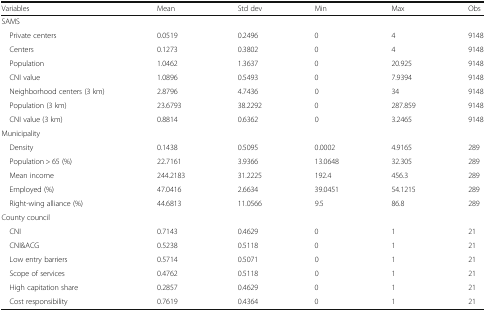
<table><thead><tr><td><b>Variables</b></td><td><b>Mean</b></td><td><b>Std dev</b></td><td><b>Min</b></td><td><b>Max</b></td><td><b>Obs</b></td></tr></thead><tbody><tr><td colspan="6">SAMS</td></tr><tr><td> Private centers</td><td>0.0519</td><td>0.2496</td><td>0</td><td>4</td><td>9148</td></tr><tr><td> Centers</td><td>0.1273</td><td>0.3802</td><td>0</td><td>4</td><td>9148</td></tr><tr><td> Population</td><td>1.0462</td><td>1.3637</td><td>0</td><td>20.925</td><td>9148</td></tr><tr><td> CNI value</td><td>1.0896</td><td>0.5493</td><td>0</td><td>7.9394</td><td>9148</td></tr><tr><td> Neighborhood centers (3 km)</td><td>2.8796</td><td>4.7436</td><td>0</td><td>34</td><td>9148</td></tr><tr><td> Population (3 km)</td><td>23.6793</td><td>38.2292</td><td>0</td><td>287.859</td><td>9148</td></tr><tr><td> CNI value (3 km)</td><td>0.8814</td><td>0.6362</td><td>0</td><td>3.2465</td><td>9148</td></tr><tr><td colspan="6">Municipality</td></tr><tr><td> Density</td><td>0.1438</td><td>0.5095</td><td>0.0002</td><td>4.9165</td><td>289</td></tr><tr><td> Population &gt; 65 (%)</td><td>22.7161</td><td>3.9366</td><td>13.0648</td><td>32.305</td><td>289</td></tr><tr><td> Mean income</td><td>244.2183</td><td>31.2225</td><td>192.4</td><td>456.3</td><td>289</td></tr><tr><td> Employed (%)</td><td>47.0416</td><td>2.6634</td><td>39.0451</td><td>54.1215</td><td>289</td></tr><tr><td> Right-wing alliance (%)</td><td>44.6813</td><td>11.0566</td><td>9.5</td><td>86.8</td><td>289</td></tr><tr><td colspan="6">County council</td></tr><tr><td> CNI</td><td>0.7143</td><td>0.4629</td><td>0</td><td>1</td><td>21</td></tr><tr><td> CNI&amp;ACG</td><td>0.5238</td><td>0.5118</td><td>0</td><td>1</td><td>21</td></tr><tr><td> Low entry barriers</td><td>0.5714</td><td>0.5071</td><td>0</td><td>1</td><td>21</td></tr><tr><td> Scope of services</td><td>0.4762</td><td>0.5118</td><td>0</td><td>1</td><td>21</td></tr><tr><td> High capitation share</td><td>0.2857</td><td>0.4629</td><td>0</td><td>1</td><td>21</td></tr><tr><td> Cost responsibility</td><td>0.7619</td><td>0.4364</td><td>0</td><td>1</td><td>21</td></tr></tbody></table>